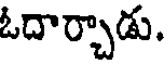
ఓదార్చాడు.